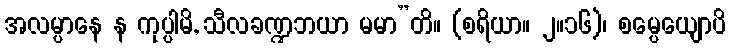
အလမ္ပာနေ န ကုပ္ပါမိ, သီလခဏ္ဍဘယာ မမာ”တိ။ (စရိယာ။ ၂။၁၆)၊ စမ္ပေယျောပိ